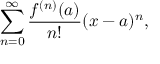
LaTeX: \sum _ { n = 0 } ^ { \infty } { \frac { f ^ { ( n ) } ( a ) } { n ! } } ( x - a ) ^ { n } ,